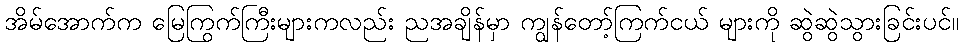
အိမ်အောက်က မြေကြွက်ကြီးများကလည်း ညအချိန်မှာ ကျွန်တော့်ကြက်ငယ် များကို ဆွဲဆွဲသွားခြင်းပင်။